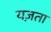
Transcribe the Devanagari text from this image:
यज़ता